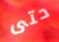
حتى